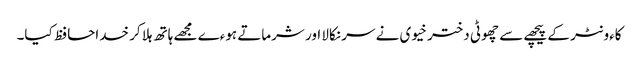
کاءونٹر کے پیچھے سے چھوٹی دختر خیوی نے سر نکالا اور شرماتے ہوءے مجھے ہاتھ ہلا کر خداحافظ کیا۔